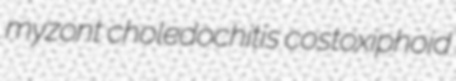
myzont choledochitis costoxiphoid